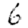
Digit: 6